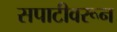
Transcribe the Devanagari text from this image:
सपाटीवरून